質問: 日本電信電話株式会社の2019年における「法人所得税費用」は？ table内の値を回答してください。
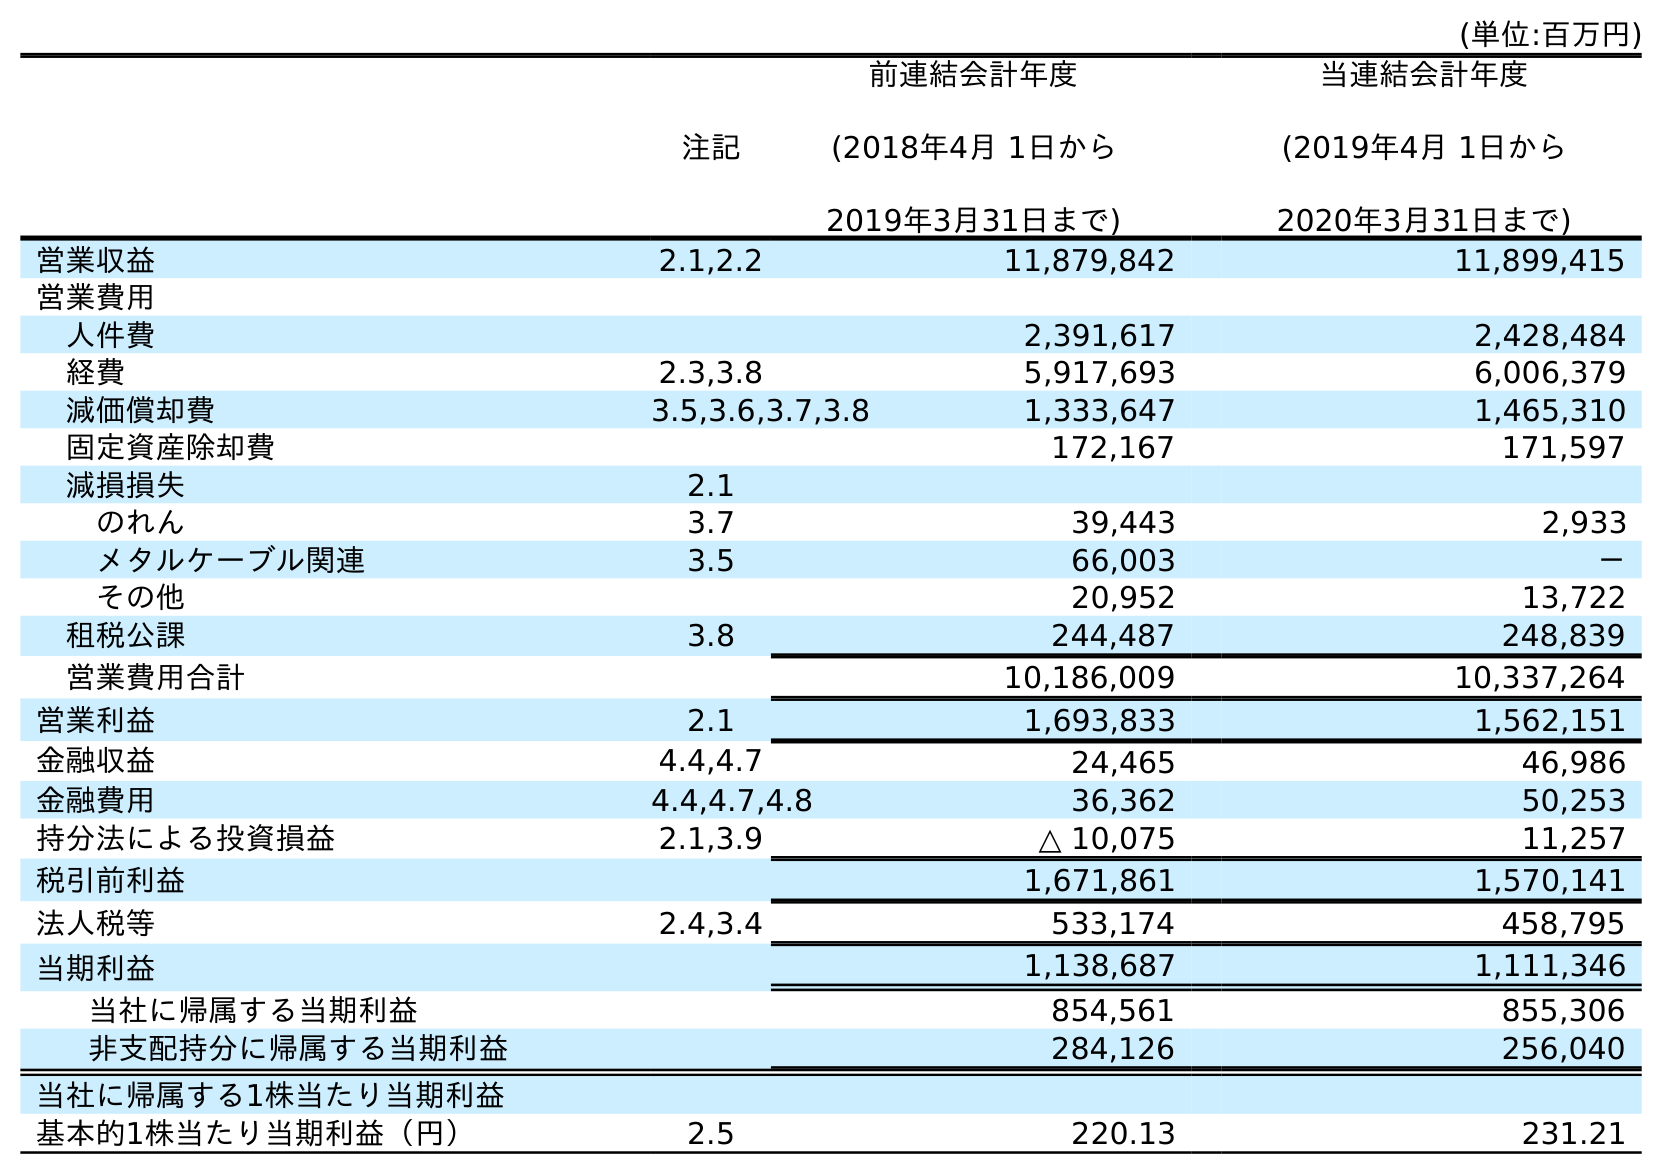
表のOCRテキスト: (単位:百万円) 注記 前連結会計年度 (2018年4月 1日から 2019年3月31日まで) 当連結会計年度 (2019年4月 1日から 2020年3月31日まで) 営業収益 2.1,2.2 11,879,842 11,899,415 営業費用 人件費 2,391,617 2,428,484 経費 2.3,3.8 5,917,693 6,006,379 減価償却費 3.5,3.6,3.7,3.8 1,333,647 1,465,310 固定資産除却費 172,167 171,597 減損損失 2.1 のれん 3.7 39,443 2,933 メタルケーブル関連 3.5 66,003 － その他 20,952 13,722 租税公課 3.8 244,487 248,839 営業費用合計 10,186,009 10,337,264 営業利益 2.1 1,693,833 1,562,151 金融収益 4.4,4.7 24,465 46,986 金融費用 4.4,4.7,4.8 36,362 50,253 持分法による投資損益 2.1,3.9 △ 10,075 11,257 税引前利益 1,671,861 1,570,141 法人税等 2.4,3.4 533,174 458,795 当期利益 1,138,687 1,111,346 当社に帰属する当期利益 854,561 855,306 非支配持分に帰属する当期利益 284,126 256,040 当社に帰属する1株当たり当期利益 基本的1株当たり当期利益（円） 2.5 220.13 231.21
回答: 533,174